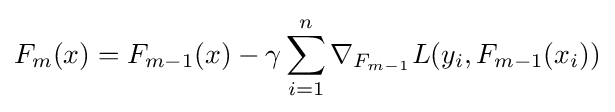
F_{m}(x)=F_{m-1}(x)-\gamma \sum _{i=1}^{n}{\nabla _{F_{m-1}}L(y_{i},F_{m-1}(x_{i}))}